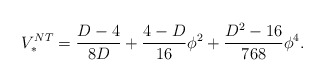
\begin{align*}V_{*}^{NT}=\frac{D-4}{8D}+\frac{4-D}{16}\phi^{2}+\frac{D^{2}-16}{768}\phi^{4}.\end{align*}